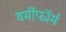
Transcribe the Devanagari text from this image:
वर्मीफॉर्म